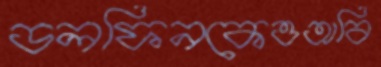
ডলফিনকেওঅবি